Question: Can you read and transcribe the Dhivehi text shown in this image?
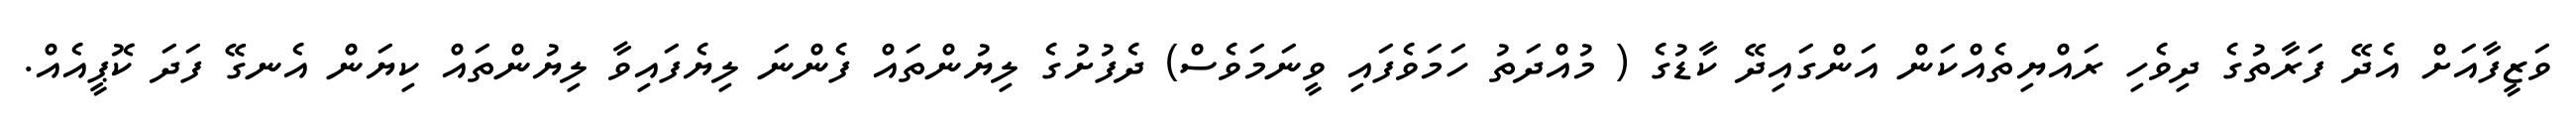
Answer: ވަޒީފާއަށް އެދޭ ފަރާތުގެ ދިވެހި ރައްޔިތެއްކަން އަންގައިދޭ ކާޑުގެ ( މުއްދަތު ހަމަވެފައި ވީނަމަވެސް) ދެފުށުގެ ލިޔުންތައް ފެންނަ ލިޔެފައިވާ ލިޔުންތައް ކިޔަން އެނގޭ ފަދަ ކޮޕީއެއް.